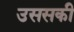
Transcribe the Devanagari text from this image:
उससकी